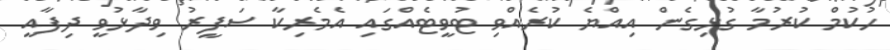
ހުކުމް ކުރުމާ ގުޅިގެން އިއްޔެ ކުރެއްވި ޓުވީޓެއްގައި އެމެރިކާ ސަފީރު ވިދާޅުވީ ދިފާއީ